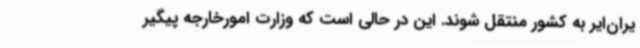
یران‌ایر به کشور منتقل شوند. این در حالی است که وزارت امورخارجه پیگیر